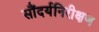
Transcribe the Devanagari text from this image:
सौंदर्यनिरीक्षण